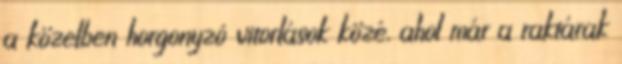
a közelben horgonyzó vitorlások közé, ahol már a raktárak